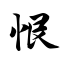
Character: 恨